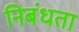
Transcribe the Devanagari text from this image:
निबंधता